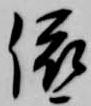
依